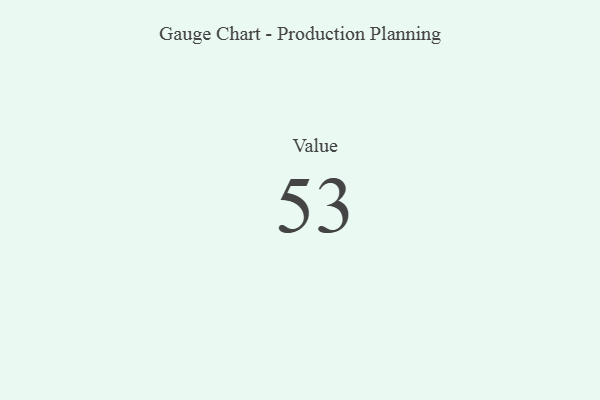
{"axis": {"x": "Metric", "y": "Value"}, "legend": [""], "data": [{"x": "Value", "y": 53, "type": ""}]}